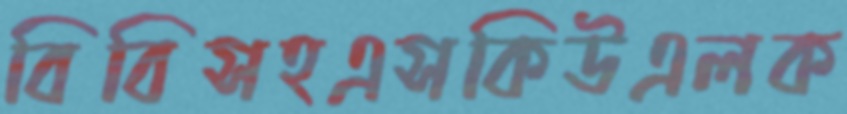
বিবিসহএসকিউএলক